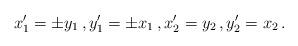
LaTeX: \begin{align*}x_1^\prime = \pm y_1 \, , y_1^\prime = \pm x_1 \, , x_2^\prime = y_2 \, , y_2^\prime = x_2 \, .\end{align*}